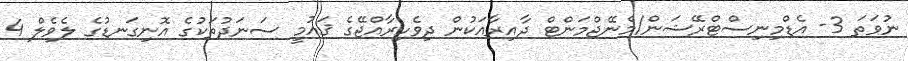
ނުވަތަ 3- އެޑްމިނިސްޓްރޭޝަން/މެނޭޖްމަންޓް ދާއިރާއަކުން ދިވެހިރާއްޖޭގެ ޤައުމީ ސަނަދުތަކުގެ އޮނިގަނޑުގެ ލެވެލް 4